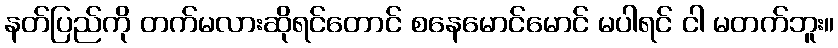
နတ်ပြည်ကို တက်မလားဆိုရင်တောင် စနေမောင်မောင် မပါရင် ငါ မတက်ဘူး။